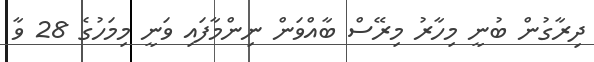
ދިރާގުން ބުނީ މިހާރު މިރޭސް ބާއްވަން ނިންމާފައި ވަނީ މިމަހުގެ 28 ވާ